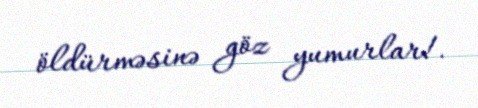
öldürməsinə göz yumurlar!.